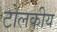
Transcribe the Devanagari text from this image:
टोलकीय